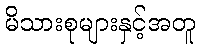
မိသားစုများနှင့်အတူ